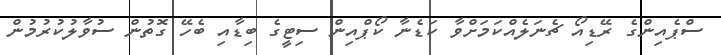
ސްޕެއިންގެ ރޭޑިއޯ ޗެނަލެއްކަމަށްވާ ކަޑެނާ ކޯޕްއިން ސިޓީގެ ބިޑާއި ބެހޭ ގޮތުން ސުވާލުކުރުމުން